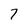
Character: 7